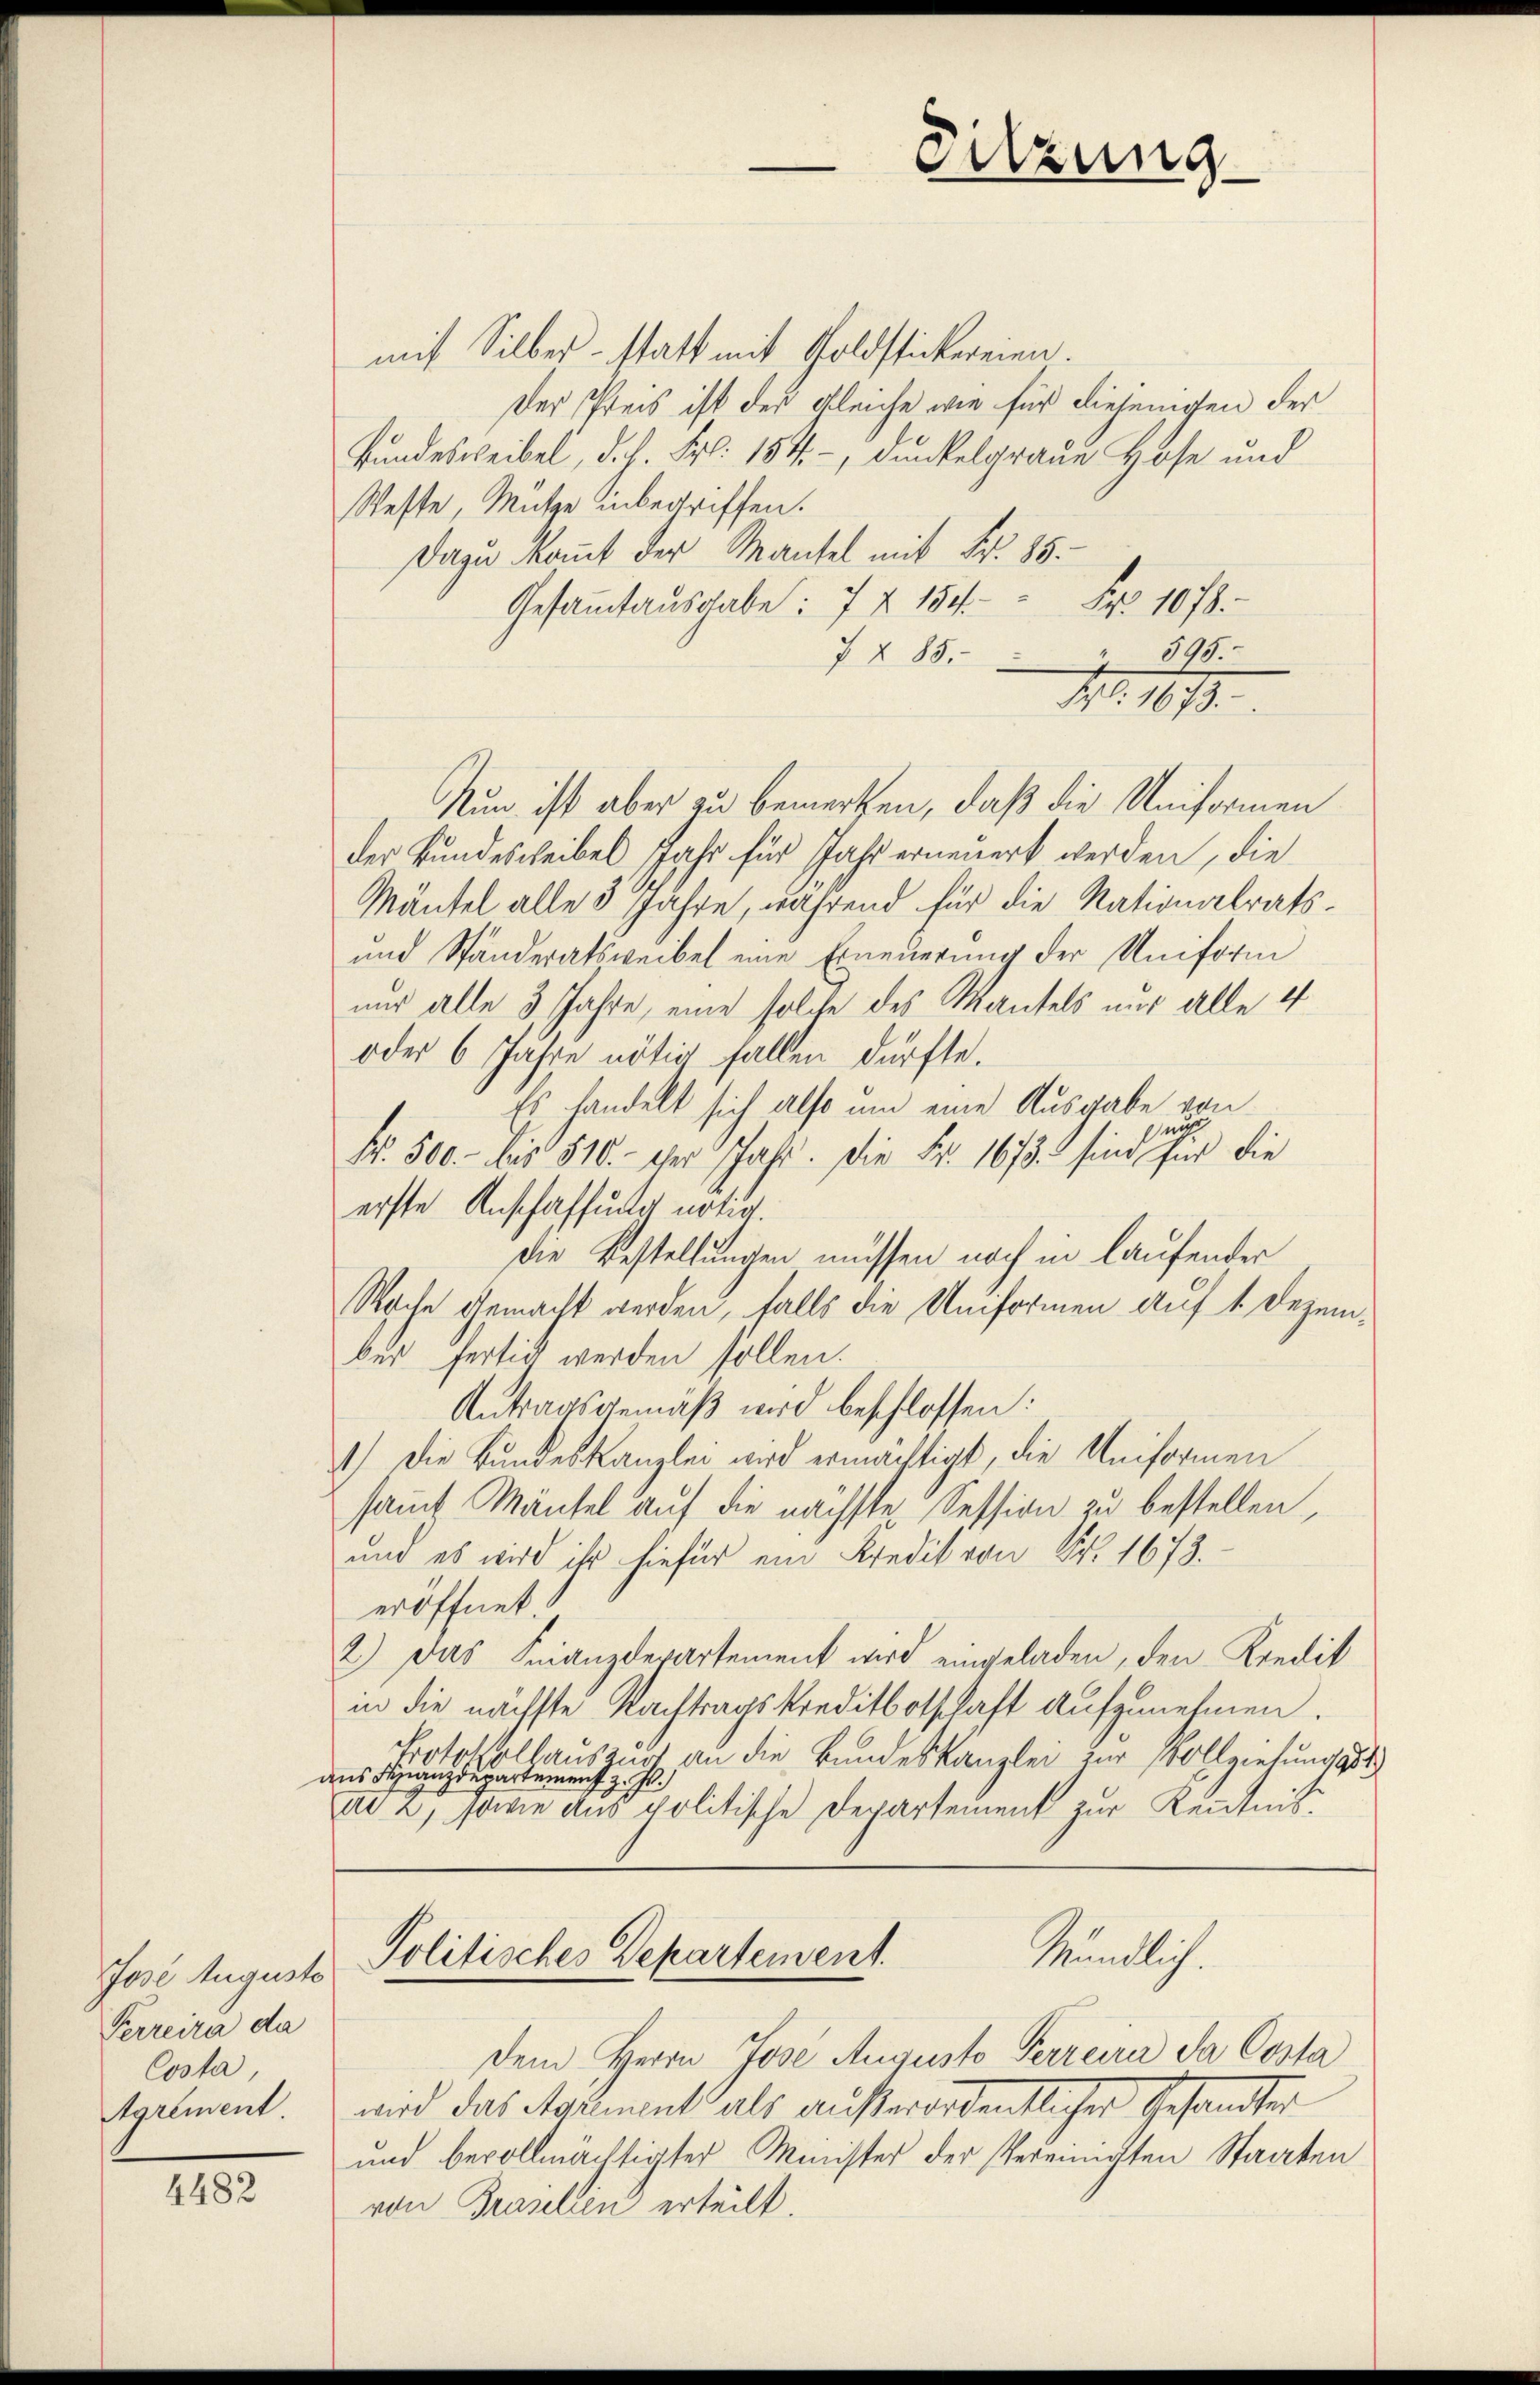
Jose Auguste
Perreira da
Costa
Agrement.

4482

Sitzung

mit Silber - statt mit Goldstickereien.
Der Preis ist der gleiche wie für diejenigen der
Bundesweibel, d. J. Fr. 184, dunkelgraue Hose und
Weste, Mütze inbegriffen.
Dazu kommt der Mantel mit Fr. 85.
Gesamtausgabe: 7 x 154. " Fr. 1078.
" 595.
7 285.
No. 1873.
Nun ist aber zu bemerken, daß die Uniformen
der Bundescheibel Jahr für Jahr erneuert werden, die
Mäntel alle 3 Jahre, während für die Nationalrats¬
und Ständeratsweibel eine Erneuerung der Uniform
nur alle 3 Jahre, eine solche des Mantels nur alle 4
oder 6 Jahre nötig fallen dürfte.
 handelt sich also um eine Ausgabe von
nich
Fr. 500. bis 510. der Jahr. Die Fr. 1673. sind für die
erste Anschaffung nötig.
die Bestellungen müssen noch in laufender
Rache gemacht werden, falls die Uniformen auf 1. Dezembei fertig werden sollen.
Antragsgemäß wird beschlossen:
1) Die Bundeskanzlei wird ermächtigt, die Uniformen
samt Mäntel auf die nächste Session zu bestellen,
und es wird ihr hiefür ein Kredit von Fr. 1673.
eröffnet.
2.) Das Finanzdepartement wird eingeladen, den Kredit
in die nächste Nachtragskreditbotschaft aufzunehmen.
Protokollauszurt an die Bundeskanzlei zur Vollziehungsst
aus Finanzdepartemenst z.
ad 2, somme aus politische Departement zur Kenntnis

Mündlich.
Politisches Departement.

dem Herrn Jose Augusto Perreira da Costa
wird das Maximent als ausserordentlicher Gesandter
und bevollmächtigter Minister der Vereinigten Staaten
von Grasilien erteilt.